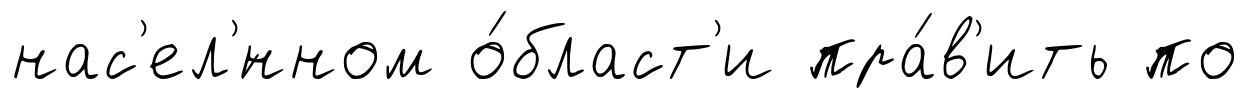
нас'ел'́нном о́бласт'и пра́в'ить по